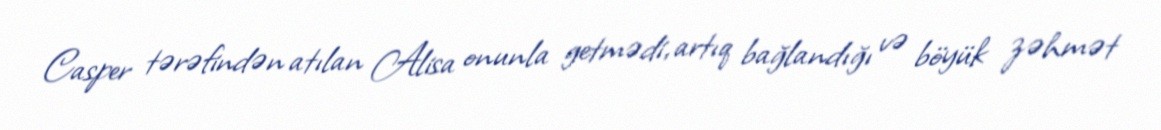
Casper tərəfindən atılan Alisa onunla getmədi, artıq bağlandığı və böyük zəhmət